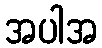
အပါအ